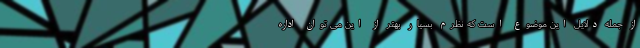
از جمله دلایل این موضوع است که نظرم بسیار بهتر از این می توان اداره